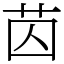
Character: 苬